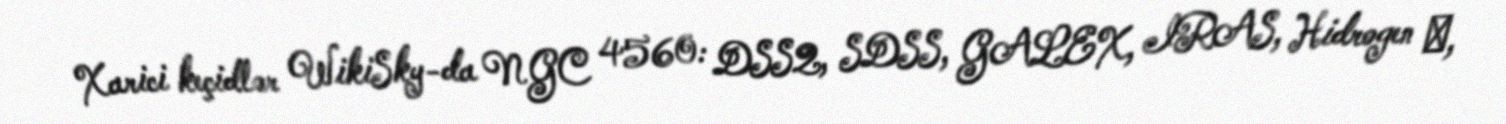
Xarici keçidlər WikiSky-da NGC 4560: DSS2, SDSS, GALEX, IRAS, Hidrogen α,